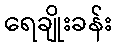
ရေချိုးခန်း